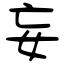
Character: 妄